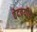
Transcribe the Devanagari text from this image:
वेदत्रयीके